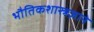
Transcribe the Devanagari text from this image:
भौतिकशास्त्रज्ञाने